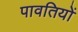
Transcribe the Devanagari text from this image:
पावतियों